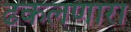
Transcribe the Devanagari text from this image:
ढकलणारा